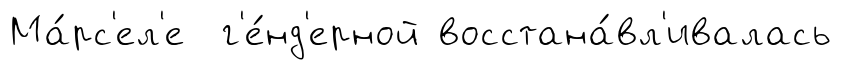
Ма́рс'ел'е г'е́нд'ерной восстана́вл'ивалась